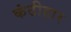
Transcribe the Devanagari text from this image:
कंठीहार